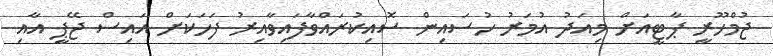
ޖުމްހޫރީ ޕާޓީއަށް މިއަދު އުމަރު ހުސައިން ސޮއިކުރައްވާފައިވާއިރު ފަހަކަށް އައިސް ޖޭޕީ އާއި